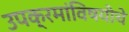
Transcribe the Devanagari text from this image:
उपक्रमांविषयीचे